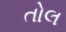
તોલ